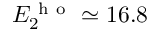
E _ { 2 } ^ { \mathrm { ~ h ~ o ~ } } \simeq 1 6 . 8